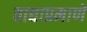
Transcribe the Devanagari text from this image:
वाद्याप्रमाणे